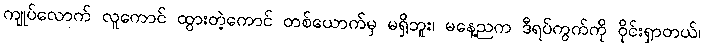
ကျုပ်လောက် လူကောင် ထွားတဲ့ကောင် တစ်ယောက်မှ မရှိဘူး၊ မနေ့ညက ဒီရပ်ကွက်ကို ဝိုင်းရှာတယ်၊